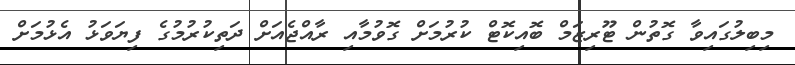
މިބިލުގައިވާ ގޮތުން ޓޫރިޒަމް ބޮއިކޮޓް ކުރުމަށް ގޮވުމާއި ރާއްޖެއަށް ދަތިކުރުމުގެ ފިޔަވަޅު އެޅުމަށް